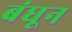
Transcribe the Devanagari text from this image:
बंधून